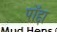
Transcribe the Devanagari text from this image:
पॉद्दा